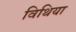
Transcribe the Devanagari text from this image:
विथिया